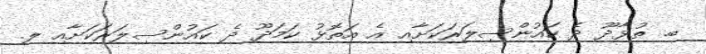
ބ. ތުޅާދޫ ދެ ކައުންސިލަރަކަށާއި އެ އަތޮޅު ކަމަދޫ ދެ ކައުންސިލަރަކަށާއި ލ.